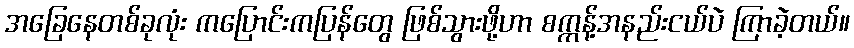
အခြေနေတစ်ခုလုံး ကပြောင်းကပြန်တွေ ဖြစ်သွားဖို့ဟာ စက္ကန့်အနည်းငယ်ပဲ ကြာခဲ့တယ်။